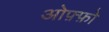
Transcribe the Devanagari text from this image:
ओफ़्फ़ो